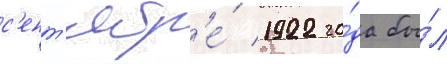
с'ент'ябр'е́ 1922 го́да бы́л